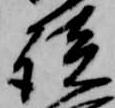
談